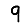
Digit: 9